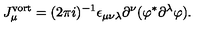
J _ { \mu } ^ { \mathrm { v o r t } } = ( 2 \pi i ) ^ { - 1 } \epsilon _ { \mu \nu \lambda } \partial ^ { \nu } ( \varphi ^ { * } \partial ^ { \lambda } \varphi ) .